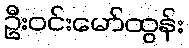
ဦးဝင်းမော်ထွန်း